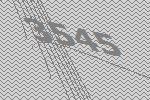
3545